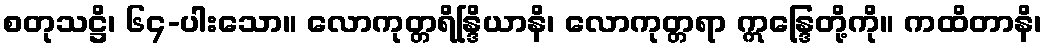
စတုသဋ္ဌိ၊ ၆၄-ပါးသော။ လောကုတ္တရိန္ဒြိယာနိ၊ လောကုတ္တရာ ဣန္ဒြေတို့ကို။ ကထိတာနိ၊